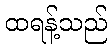
ထရန့်သည်